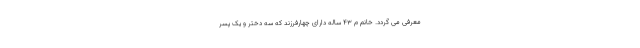
معرفی می گردد. خانم م ۴۳ ساله دارای چهارفرزند که سه دختر و یک پسر